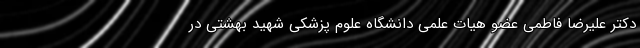
دکتر علیرضا فاطمی عضو هیات علمی دانشگاه علوم پزشکی شهید بهشتی در